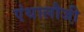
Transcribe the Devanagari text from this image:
एंथालौजी